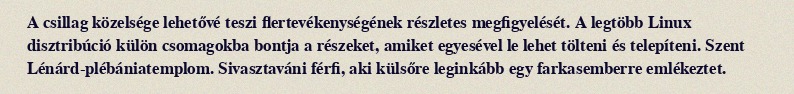
A csillag közelsége lehetővé teszi flertevékenységének részletes megfigyelését. A legtöbb Linux disztribúció külön csomagokba bontja a részeket, amiket egyesével le lehet tölteni és telepíteni. Szent Lénárd-plébániatemplom. Sivasztaváni férfi, aki külsőre leginkább egy farkasemberre emlékeztet.